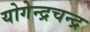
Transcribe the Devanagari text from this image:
योगेन्द्रचन्द्र